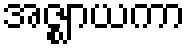
အဇ္ဈာယကာ